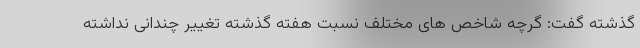
گذشته گفت: گرچه شاخص های مختلف نسبت هفته گذشته تغییر چندانی نداشته